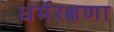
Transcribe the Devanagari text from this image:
धर्मरक्षणा